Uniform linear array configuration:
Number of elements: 48
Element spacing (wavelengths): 0.25
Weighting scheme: hamming
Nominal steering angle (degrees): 15
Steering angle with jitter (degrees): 14.173
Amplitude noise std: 0.05
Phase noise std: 0.05

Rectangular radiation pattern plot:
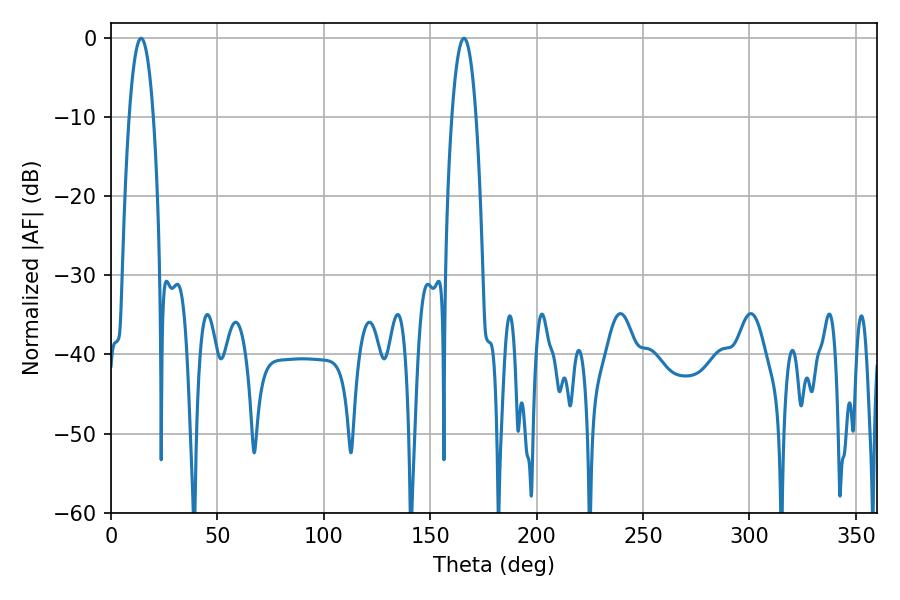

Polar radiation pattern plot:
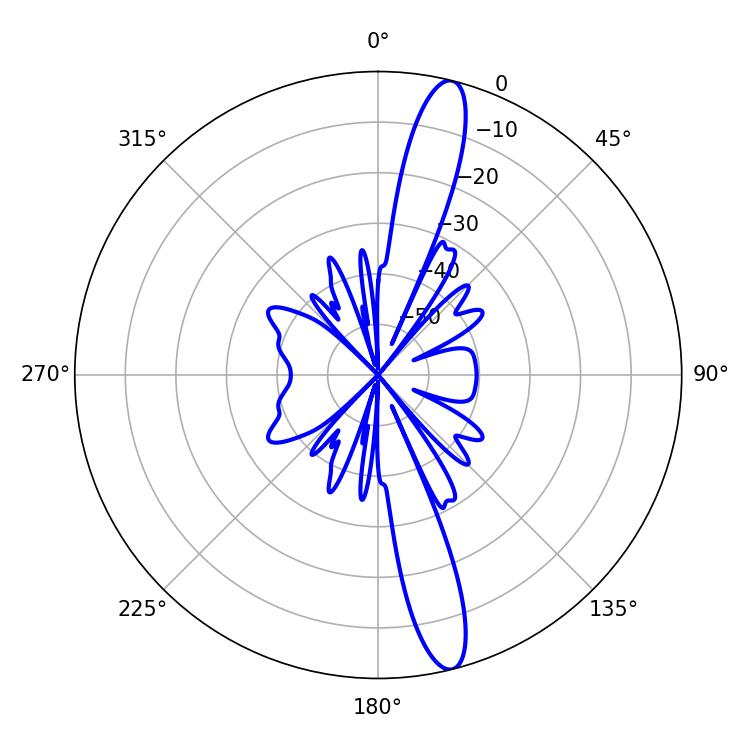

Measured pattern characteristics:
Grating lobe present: FALSE
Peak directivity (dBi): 15.386
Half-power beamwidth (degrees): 6.3
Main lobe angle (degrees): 165.78